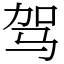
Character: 驾